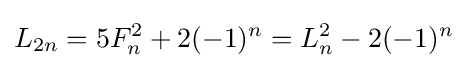
L_{2n}=5F_{n}^{2}+2(-1)^{n}=L_{n}^{2}-2(-1)^{n}